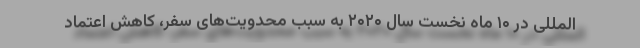
المللی در ۱۰ ماه نخست سال ۲۰۲۰ به سبب محدویت‌های سفر، کاهش اعتماد